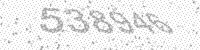
Solution: 538946